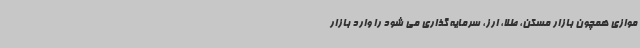
موازی همچون بازار مسکن، طلا، ارز، سرمایه گذاری می شود را وارد بازار